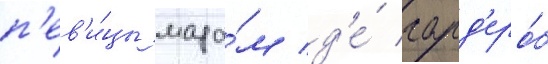
п'ев'и́цы мада́м д'е́ гард'еро́б